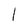
Character: l